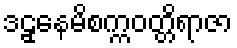
ဒဠှနေမိစက္ကဝတ္တိရာဇာ